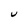
Character: U